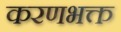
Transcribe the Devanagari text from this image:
करणभक्त